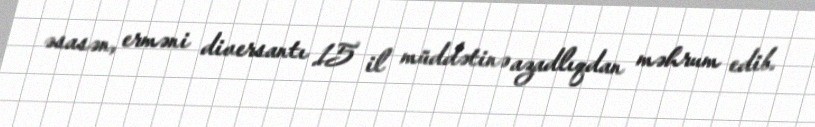
əsasən, erməni diversantı 15 il müddətinə azadlıqdan məhrum edib.